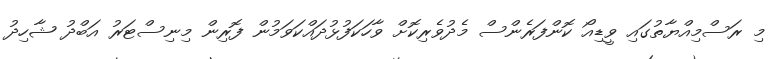
މި ރަސްމިއްޔާތުގައި ވީޑިއޯ ކޮންފަރެންސް މެދުވެރިކޮށް ވާހަކަފުޅުދައްކަވަމުން ފޮރިން މިނިސްޓަރު އަބްދު ޝާހިދު